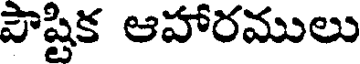
పౌష్టిక ఆహారములు